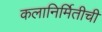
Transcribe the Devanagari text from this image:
कलानिर्मितीची